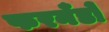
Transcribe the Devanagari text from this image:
फरनँडो